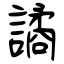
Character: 譎